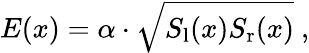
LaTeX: E(x)=\alpha\cdot\sqrt{S_{\mathrm{l}}(x)S_{\mathrm{r}}(x)}\ ,